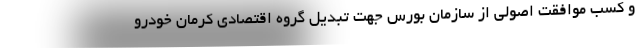
و کسب موافقت اصولی از سازمان بورس جهت تبدیل گروه اقتصادی کرمان خودرو